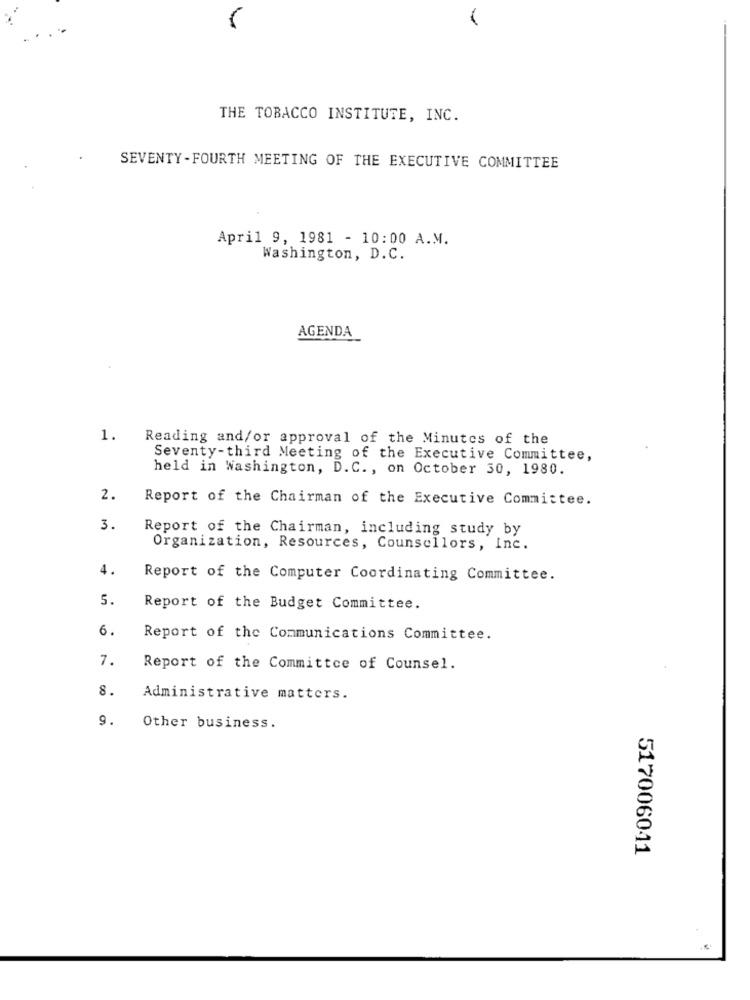
-
THE TOBACCO INSTITUTE, INC.
SEVENTY-FOURTH MEETING OF THE EXECUTIVE COMMITTEE
April 9, 1981 - 10:00 A.M.
Washington, D.C.
AGENDA
1.
Reading and/or approval of the Minutes of the
Seventy-third Meeting of the Executive Committee,
held in Washington, D. C ., on October 30, 1980.
2.
Report of the Chairman of the Executive Committee.
3.
Report of the Chairman, including study by
Organization, Resources, Counsellors, Inc.
4.
Report of the Computer Coordinating Committee.
5.
Report of the Budget Committee.
6.
Report of the Communications Committee.
7.
Report of the Committee of Counsel.
8.
Administrative matters.
9.
Other business.
517006041